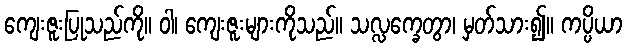
ကျေးဇူးပြုသည်ကို။ ဝါ၊ ကျေးဇူးများကိုသည်။ သလ္လက္ခေတွာ၊ မှတ်သား၍။ ကပ္ပိယာ